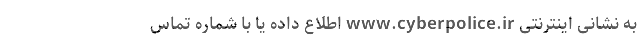
به نشانی اینترنتی www.cyberpolice.ir اطلاع داده یا با شماره تماس